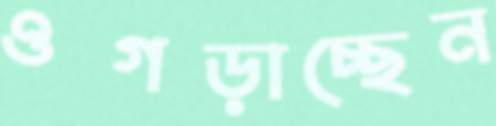
ওগড়াচ্ছেন